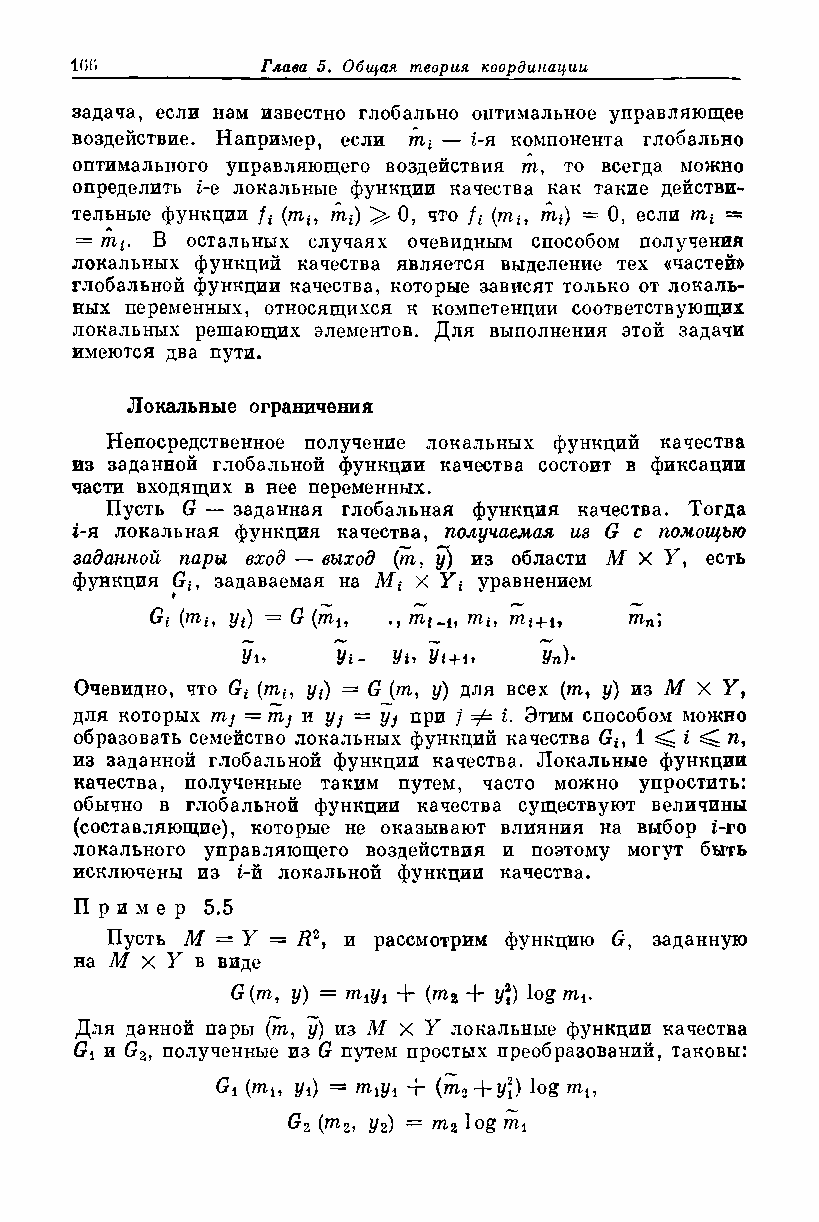
задача, если нам известно глобально оптимальное управляющее
 воздействие. Например, если яг* — i-я компонента глобально
 оптимального управляющего воздействия яг, то всегда можно
 определить i-e локальные функции качества как такие действи­
 тельные функции /* (яг*, яг*) 0, что /* (яг*, яг*) = 0, если яг* =
 Л
 = яг*. В остальных случаях очевидным способом получения
 локальных функций качества является выделение тех «частей»
 глобальной функции качества, которые зависят только от локаль­
 ных переменных, относящихся к компетенции соответствующих
 локальных решающих элементов. Для выполнения этой задачи
 имеются два пути.
 Локальные ограничения
 Непосредственное получение локальных функций качества
 из заданной глобальной функции качества состоит в фиксации
 части входящих в нее переменных.
 Пусть G — заданная глобальная функция качества. Тогда
 i-я локальная функция качества, получаемая из G с помощью
 заданной пари вход — выход (яг, у) из области I X У, есть
 функция G*, задаваемая на М* X У* уравнением
 ♦
 Gi   Уг) = G (ти ., яг*_1? яг*, яг*+ь ягп;
 Ум Уг+1»  Уп)*
 Уь    Vi-
 Очевидно, что G* (яг*, z/*) = G (яг, у) для всех (яг, у) из М X У,
 для которых пь] = nij и yj = yj при ] Ф i. Этим способом можно
 образовать семейство локальных функций качества G*, 1 ^ г ^ /г,
 из заданной глобальной функции качества. Локальные функции
 качества, полученные таким путем, часто можно упростить:
 обычно в глобальной функции качества существуют величины
 (составляющие), которые не оказывают влияния на выбор i-ro
 локального управляющего воздействия и поэтому могут быть
 исключены из i-й локальной функции качества.
 П рим ер 5.5
 Пусть М = У = Д2, и рассмотрим функцию G, заданную
 на М X У в виде
 G (яг, у) = яг^ + (яг2 + г/*) log ЯЦ.
 Для данной пары (яг, у) из М X У локальные функции качества
 Gi и G2, полученные из G путем простых преобразований, таковы:
 Gi {mu z/i) = miyi + (яг2 +y\) log яг1?
 G2 (w2, Уг) = гпг log яг!